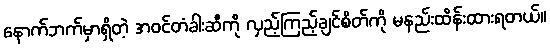
နောက်ဘက်မှာရှိတဲ့ အဝင်တံခါးဆီကို လှည့်ကြည့်ချင်စိတ်ကို မနည်းထိန်းထားရတယ်။